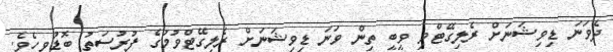
ދެވަނަ ޑިވިޝަނަށް ރެލިގޭޓްވި ވީބީ ތިން ވަނަ ޑިވިޝަނަށް ރެލިގޭޓްވުމުގެ ފުރުސަތު ބޮޑުވީހެވެ.